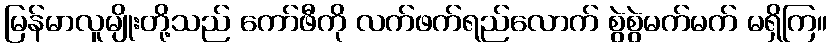
မြန်မာလူမျိုးတို့သည် ကော်ဖီကို လက်ဖက်ရည်လောက် စွဲစွဲမက်မက် မရှိကြ။